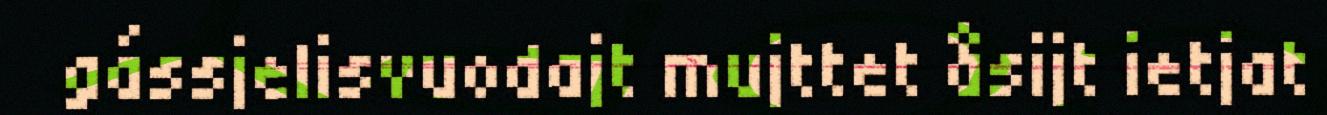
gássjelisvuodajt mujttet åsijt ietjat